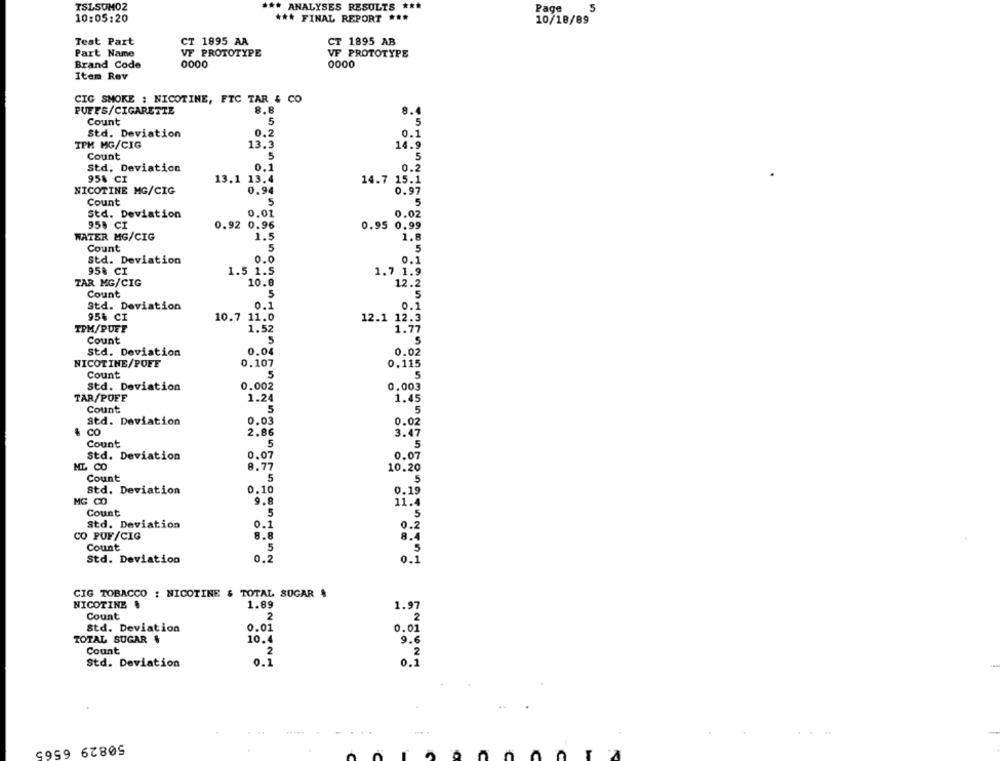
TSLSUM02
*** ANALYSES RESULTS ***
Page
5
10:05:20
*** FINAL REPORT ***
10/18/89
Test Part
CT 1895 AA
CT 1895 AB
Part Name
VF PROTOTYPE
VF PROTOTYPE
Brand Code
0000
0000
Item Rev
CIG SMOKE : NICOTINE, FTC TAR & CO
PUFFS/CIGARETTE
8.8
8.4
Count
5
5
Std. Deviation
0.2
0.1
TPM MG/CIG
13.3
14.9
Count
5
5
Std. Deviation
0.1
0.2
95% CI
13.1 13.4
14.7 15.1
NICOTINE MG/CIG
0.94
Count
5
Std. Deviation
0.01
0.02
95% CI
0.92 0.96
0.95 0.99
WATER MG/CIG
1.5
1.8
Count
5
5
0.0
Std. Deviation
0.1
95% CI
1.5 1.5
1.7 1.9
TAR MG/CIG
10.0
12.2
Count
5
5
0.1
Std. Deviation
0.1
95% CI
10.7 11.0
12.1 12.3
TPM/PUET
1.52
1.77
Count
5
5
0.02
Std. Deviation
0.04
NICOTINE/POFF
0.107
0.115
Count
5
Std. Deviation
0.002
0.003
TAR/PUFF
1.24
1.45
Count
5
5
Std. Deviation
0.03
0.02
CO
2.86
3.47
Count
5
Std. Deviation
0.07
0.07
ML CO
8.77
10.20
Count
5
5
Std. Deviation
0.10
0.19
MG CO
9.8
11.4
Count
5
5
std. Deviation
0.1
0.2
CO PUF/CIG
8.8
Count
5
Std. Deviation
0.2
CIG TOBACCO : NICOTINE & TOTAL SUGAR &
NICOTINE &
1.89
1.97
Count
2
2
Std. Deviation
0.01
0.01
TOTAL SUGAR &
10.4
9.
Count
2
2
Std. Deviation
0.1
0.5
50829 6565